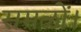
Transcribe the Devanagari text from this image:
समळों।